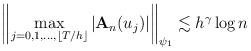
LaTeX: \begin{align*}\left\|\max_{j=0,1,\dots,\lfloor T/h\rfloor}\left|\mathbf{A}_n(u_j)\right|\right\|_{\psi_1}\lesssim h^\gamma\log n\end{align*}